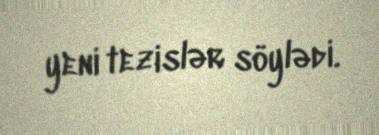
yeni tezislər söylədi.